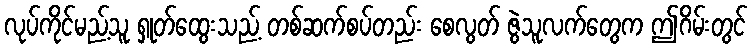
လုပ်ကိုင်မည့်သူ ရှုတ်ထွေးသည့် တစ်ဆက်စပ်တည်း စေလွတ် ဇွဲသူလက်တွေက ဤဂိမ်းတွင်